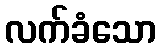
လက်ခံသော